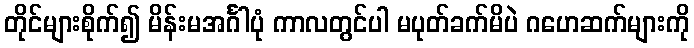
တိုင်များစိုက်၍ မိန်းမအင်္ဂါပုံ ကာလတွင်ပါ မပုတ်ခက်မိပဲ ဂဟေဆက်များကို